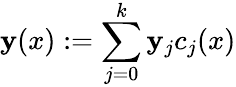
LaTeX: \mathbf{y}(x):=\sum_{j=0}^{k}\mathbf{y}_{j}c_{j}(x)